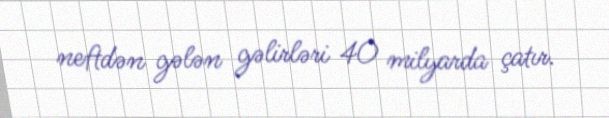
neftdən gələn gəlirləri 40 milyarda çatır.